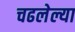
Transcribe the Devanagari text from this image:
चढलेल्या